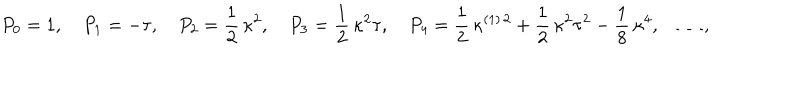
P _ { 0 } = 1 , \quad P _ { 1 } = - \tau , \quad P _ { 2 } = \frac { 1 } { 2 } \, \kappa ^ { 2 } , \quad P _ { 3 } = \frac { 1 } { 2 } \, \kappa ^ { 2 } \tau , \quad P _ { 4 } = \frac { 1 } { 2 } \, \kappa ^ { ( 1 ) \, 2 } + \frac { 1 } { 2 } \, \kappa ^ { 2 } \tau ^ { 2 } - \frac { 1 } { 8 } \, \kappa ^ { 4 } , \quad \ldots ,